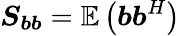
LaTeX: \boldsymbol{S_{bb}}=\mathbb{E}\left(\boldsymbol{b}\boldsymbol{b}^{H}\right)